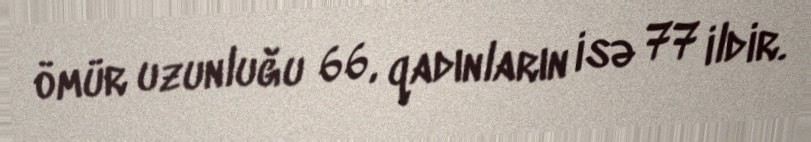
ömür uzunluğu 66, qadınların isə 77 ildir.